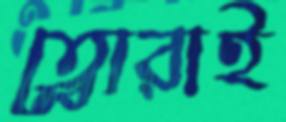
ত্বোরাই